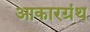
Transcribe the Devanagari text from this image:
आकारग्रंथ